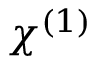
\chi ^ { ( 1 ) }